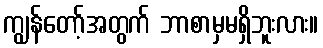
ကျွန်တော့်အတွက် ဘာစာမှမရှိဘူးလား။